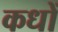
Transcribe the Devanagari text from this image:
कधों